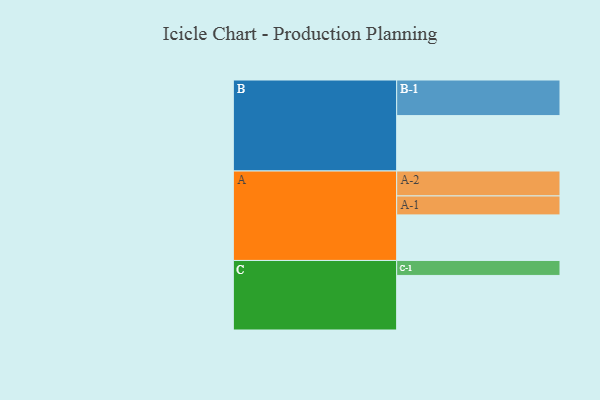
{"axis": {"x": "Segment", "y": "Value"}, "legend": ["", "A", "B", "C"], "data": [{"x": "A", "y": 380, "type": ""}, {"x": "B", "y": 462, "type": ""}, {"x": "C", "y": 455, "type": ""}, {"x": "A-1", "y": 158, "type": "A"}, {"x": "A-2", "y": 208, "type": "A"}, {"x": "B-1", "y": 297, "type": "B"}, {"x": "C-1", "y": 125, "type": "C"}]}